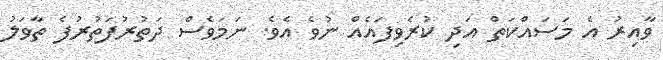
ވާއިރު އެ މަސައްކަތް އަދި ކުރެވިފައެއް ނުވެ އެވެ. ނަމަވެސް ދަތުރުފަތުރުފެ ތާވަލު